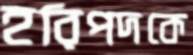
হরিপদকে